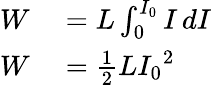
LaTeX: \begin{array}{rl}{W}&{{}=L\int_{0}^{I_{0}}I\, dI}\\ {W}&{{}={\frac{1}{2}}L{I_{0}}^{2}}\end{array}